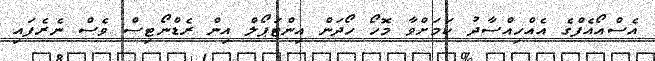
އެސްއޯއެފްގެ އެއްހިއްސާދު ކަމަށްވާ މޮހޯ ހޯދަން އިންޓަޕޯލް އިން ރެޑްނޯޓިސް ވެސް ނެރެފައި